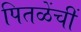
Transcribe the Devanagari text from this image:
पितळेंचीं